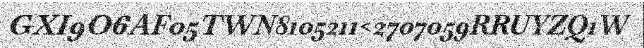
GXI9O6AF05TWN8105211<2707059RRUYZQ1W